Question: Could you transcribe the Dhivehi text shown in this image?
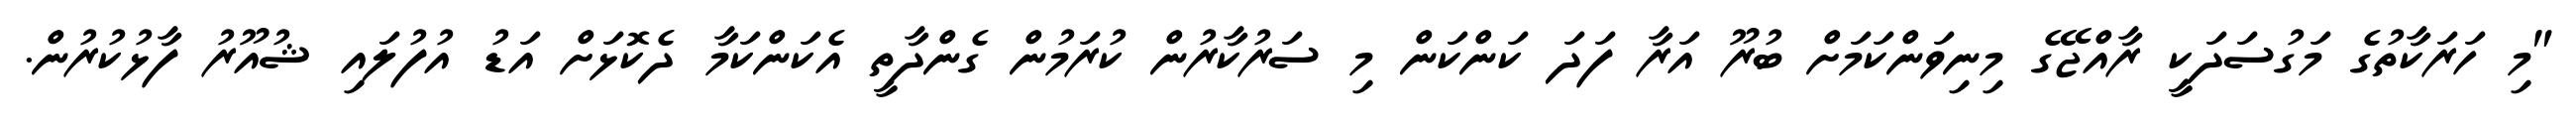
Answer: "މި ހަރަކާތުގެ މަގުސަދަކީ ރާއްޖޭގެ މިނިވަންކަމަށް ބުރޫ އަރާ ފަދަ ކަންކަން މި ސަރުކާރުން ކުރަމުން ގެންދާތީ އެކަންކަމާ ދެކޮޅަށް އަޑު އުފުލައި ޝުއޫރު ފާޅުކުރުން.